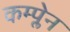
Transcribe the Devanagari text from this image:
कम्प्लेन